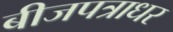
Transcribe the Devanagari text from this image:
बीजपत्राधर